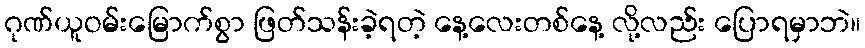
ဂုဏ်ယူဝမ်းမြောက်စွာ ဖြတ်သန်းခဲ့ရတဲ့ နေ့လေးတစ်နေ့ လို့လည်း ပြောရမှာဘဲ။